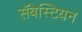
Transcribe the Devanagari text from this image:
सॅबेस्टियन